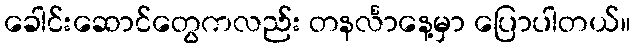
ခေါင်းဆောင်တွေကလည်း တနင်္လာနေ့မှာ ပြောပါတယ်။